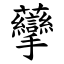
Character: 䖂